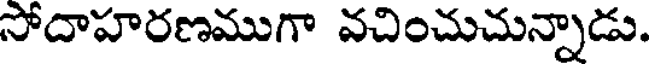
సోదాహరణముగా వచించుచున్నాడు.